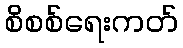
စိစစ်ရေးကတ်